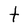
Character: t